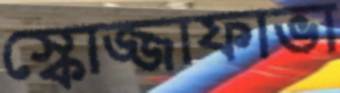
স্কোজ্জাফাভা